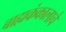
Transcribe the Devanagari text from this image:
बाह्यकंकालाचे